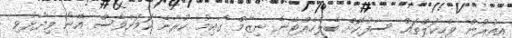
އިތުރުން ވެހިކަލްތައް ސާފުކޮށް ބެލެހެއްޓޭނެ ނިޒާމް ގާއިމު ކުރާނެ ކަމަށްވެސް އޭނާ ވިދާޅުވި